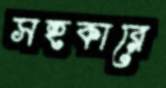
সহকারে